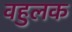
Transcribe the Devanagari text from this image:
वहुलक